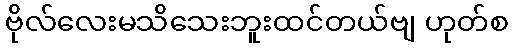
ဗိုလ်လေးမသိသေးဘူးထင်တယ်ဗျ ဟုတ်စ